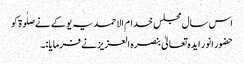
اس سال مجلس خدام الاحمدیہ یوکے نےصلٰوۃ کو
حضور انور ایدہ تعالیٰ بنصرہ العزیز نے فرمایا :۔